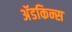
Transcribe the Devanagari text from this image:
अॅडकिन्स